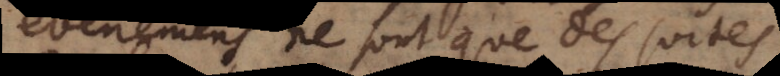
evenemens ne sont que des suites